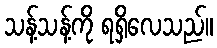
သန့်သန့်ကို ရရှိလေသည်။